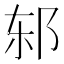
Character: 𰻨